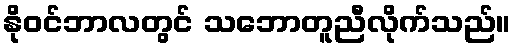
နိုဝင်ဘာလတွင် သဘောတူညီလိုက်သည်။